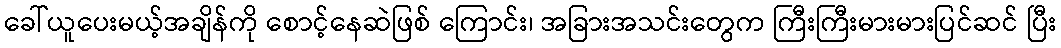
ခေါ်ယူပေးမယ့်အချိန်ကို စောင့်နေဆဲဖြစ် ကြောင်း၊ အခြားအသင်းတွေက ကြီးကြီးမားမားပြင်ဆင် ပြီး